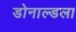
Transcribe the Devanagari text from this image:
डोनाल्डला